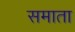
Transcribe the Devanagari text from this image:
समाता